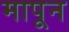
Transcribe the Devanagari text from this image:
मापून